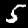
Digit: 5